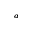
^ a